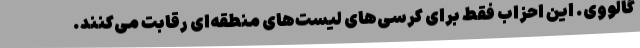
گالووی. این احزاب فقط برای کرسی‌های لیست‌های منطقه‌ای رقابت می‌کنند.